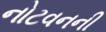
નોટવનની